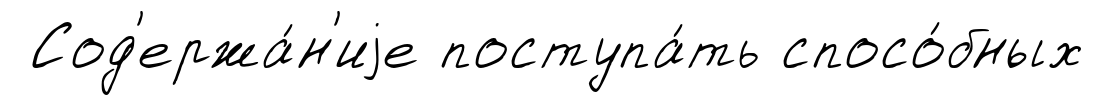
Сод'ержа́н'иjе поступа́ть спосо́бных